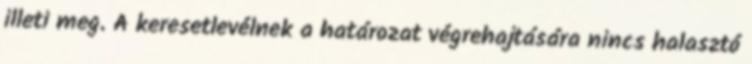
illeti meg. A keresetlevélnek a határozat végrehajtására nincs halasztó